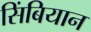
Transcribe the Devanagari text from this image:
सिंबियान